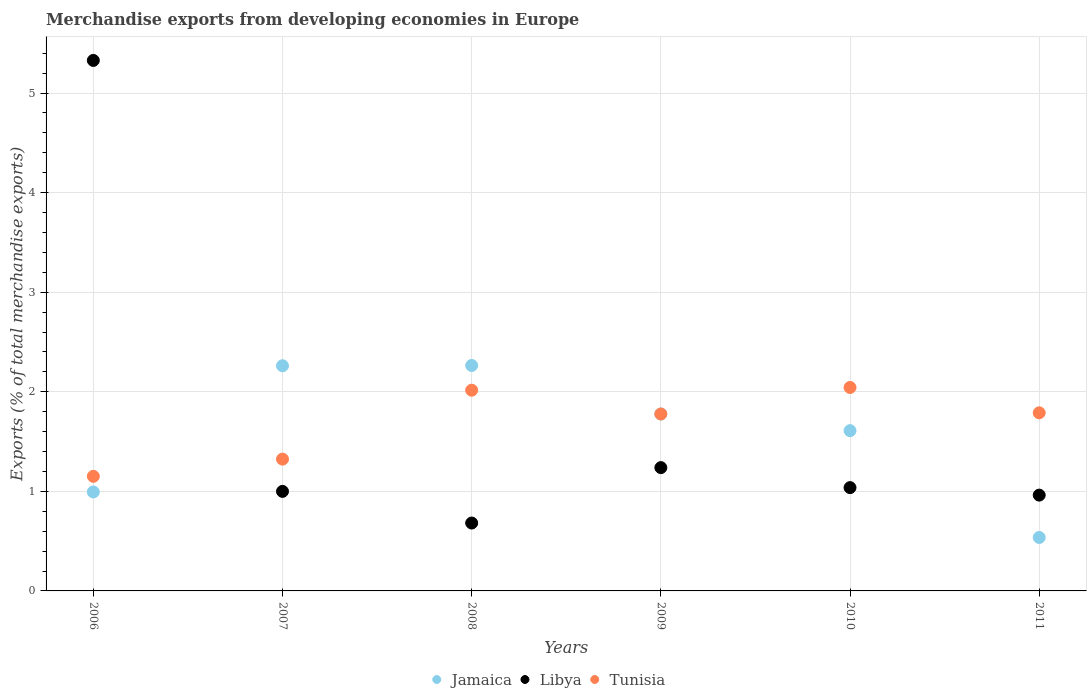
| Years | Jamaica | Libya | Tunisia |
 | --- | --- | --- | --- |
 | 2006 | 0.994 | 5.33 | 1.15 |
 | 2007 | 2.26 | 1 | 1.32 |
 | 2008 | 2.26 | 0.682 | 2.02 |
 | 2009 | 1.78 | 1.24 | 1.78 |
 | 2010 | 1.61 | 1.04 | 2.04 |
 | 2011 | 0.537 | 0.962 | 1.79 |